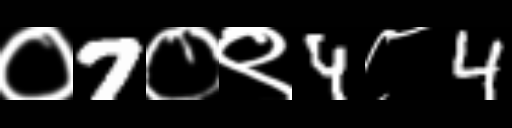
Text: ०7०९4८4